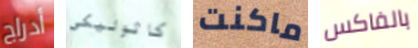
أدراج كاثوليكي ماكنت بالفاكس